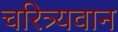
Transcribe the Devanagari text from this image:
चरित्र्यवान